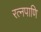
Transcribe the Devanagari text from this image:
रत्नपाणि